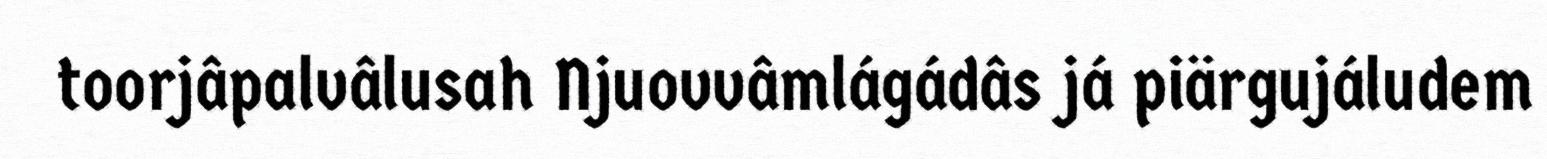
toorjâpalvâlusah Njuovvâmlágádâs já piärgujáludem